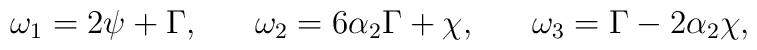
\omega_1=2\psi+ \Gamma, ~~~~~ \omega_2=6\alpha_2 \Gamma +\chi,~~~~~ \omega_3=\Gamma- 2\alpha_2 \chi,